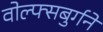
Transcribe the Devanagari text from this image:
वोल्फ्सबुर्गने